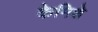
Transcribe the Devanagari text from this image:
केमिशे